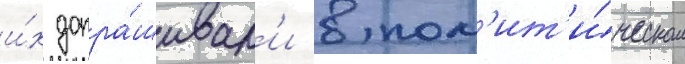
и́х допра́шивал'и в пол'ит'и́ческом